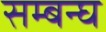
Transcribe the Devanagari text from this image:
सम्बन्घ